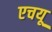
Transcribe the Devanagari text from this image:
एचयू